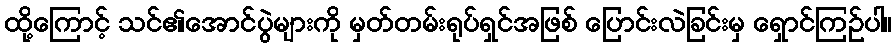
ထို့ကြောင့် သင်၏အောင်ပွဲများကို မှတ်တမ်းရုပ်ရှင်အဖြစ် ပြောင်းလဲခြင်းမှ ရှောင်ကြဉ်ပါ။